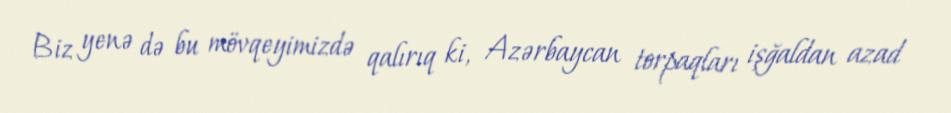
Biz yenə də bu mövqeyimizdə qalırıq ki, Azərbaycan torpaqları işğaldan azad